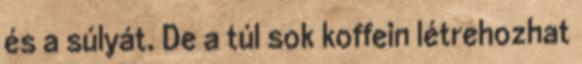
és a súlyát. De a túl sok koffein létrehozhat